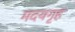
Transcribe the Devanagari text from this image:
मदयगृह